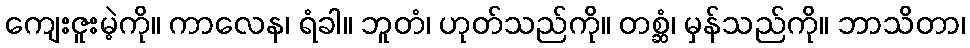
ကျေးဇူးမဲ့ကို။ ကာလေန၊ ရံခါ။ ဘူတံ၊ ဟုတ်သည်ကို။ တစ္ဆံ၊ မှန်သည်ကို။ ဘာသိတာ၊